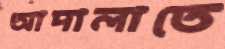
আদালাতে